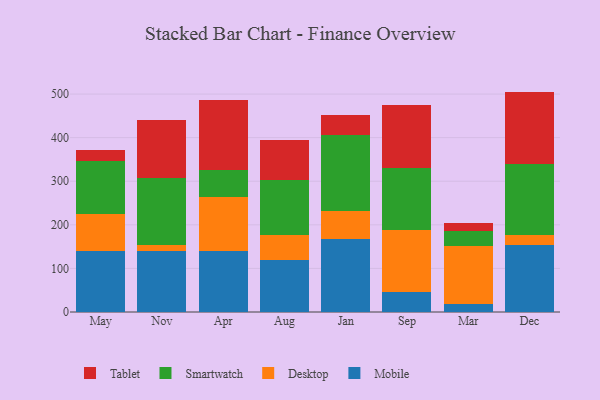
{"axis": {"x": "Month", "y": "Inventory Turnover"}, "legend": ["Desktop", "Mobile", "Smartwatch", "Tablet"], "data": [{"x": "May", "y": 139.4, "type": "Mobile"}, {"x": "May", "y": 85.4, "type": "Desktop"}, {"x": "May", "y": 122.4, "type": "Smartwatch"}, {"x": "May", "y": 25.1, "type": "Tablet"}, {"x": "Nov", "y": 139.0, "type": "Mobile"}, {"x": "Nov", "y": 15.6, "type": "Desktop"}, {"x": "Nov", "y": 153.8, "type": "Smartwatch"}, {"x": "Nov", "y": 131.7, "type": "Tablet"}, {"x": "Apr", "y": 140.8, "type": "Mobile"}, {"x": "Apr", "y": 123.6, "type": "Desktop"}, {"x": "Apr", "y": 60.4, "type": "Smartwatch"}, {"x": "Apr", "y": 161.7, "type": "Tablet"}, {"x": "Aug", "y": 120.3, "type": "Mobile"}, {"x": "Aug", "y": 57.4, "type": "Desktop"}, {"x": "Aug", "y": 125.3, "type": "Smartwatch"}, {"x": "Aug", "y": 90.6, "type": "Tablet"}, {"x": "Jan", "y": 168.5, "type": "Mobile"}, {"x": "Jan", "y": 63.4, "type": "Desktop"}, {"x": "Jan", "y": 175.0, "type": "Smartwatch"}, {"x": "Jan", "y": 45.0, "type": "Tablet"}, {"x": "Sep", "y": 46.3, "type": "Mobile"}, {"x": "Sep", "y": 140.8, "type": "Desktop"}, {"x": "Sep", "y": 142.2, "type": "Smartwatch"}, {"x": "Sep", "y": 146.6, "type": "Tablet"}, {"x": "Mar", "y": 17.6, "type": "Mobile"}, {"x": "Mar", "y": 134.4, "type": "Desktop"}, {"x": "Mar", "y": 34.6, "type": "Smartwatch"}, {"x": "Mar", "y": 18.6, "type": "Tablet"}, {"x": "Dec", "y": 152.9, "type": "Mobile"}, {"x": "Dec", "y": 22.7, "type": "Desktop"}, {"x": "Dec", "y": 164.2, "type": "Smartwatch"}, {"x": "Dec", "y": 165.8, "type": "Tablet"}]}